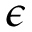
\epsilon